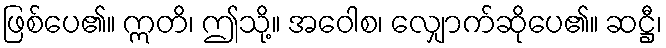
ဖြစ်ပေ၏။ ဣတိ၊ ဤသို့။ အဝေါစ၊ လျှောက်ဆိုပေ၏။ ဆဋ္ဌီ၊